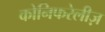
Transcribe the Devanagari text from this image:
कोनिफरेलीज़